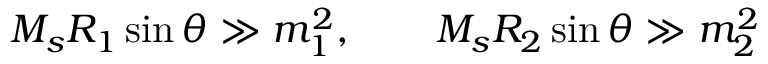
M _ { s } R _ { 1 } \sin \theta \gg m _ { 1 } ^ { 2 } , \qquad M _ { s } R _ { 2 } \sin \theta \gg m _ { 2 } ^ { 2 }